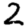
Digit: 2